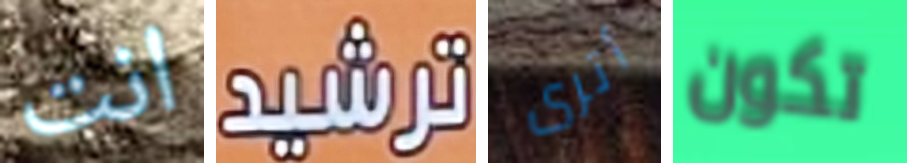
انت ترشيد أترى تكون